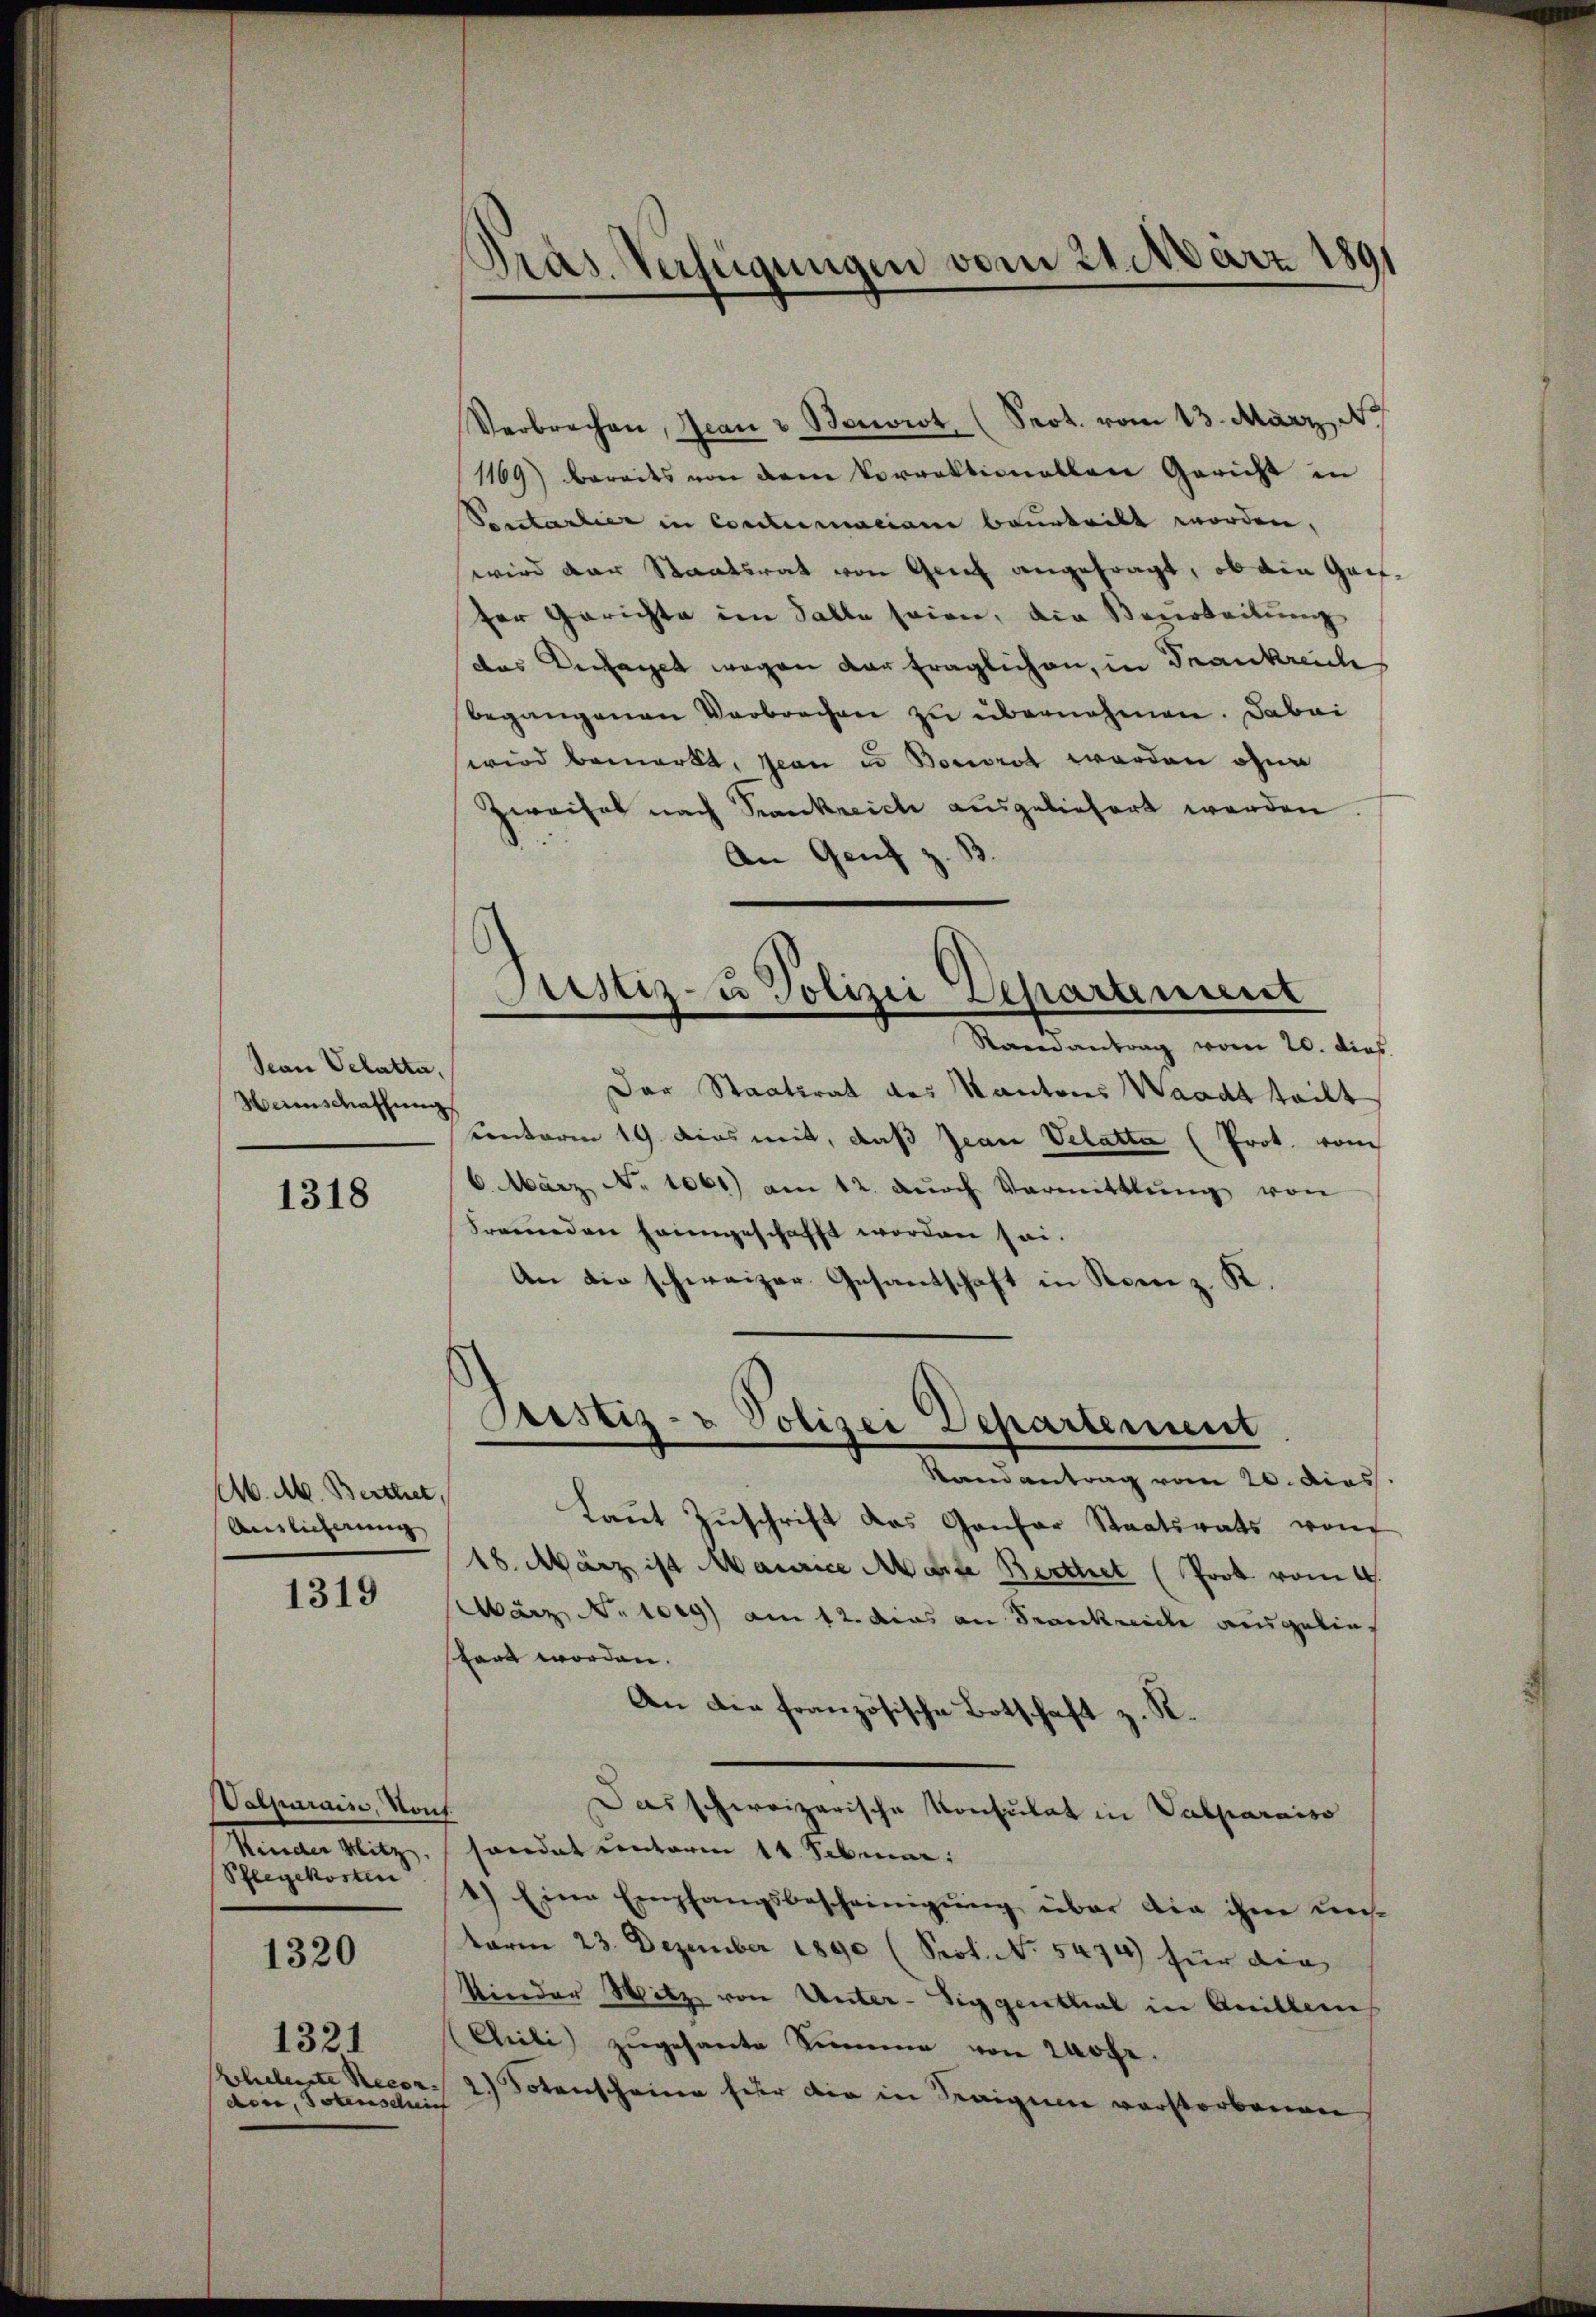
Seon Velatte,
Heimschassŭng

1318

M. M. Berthet
Auslieferung

1319

Valparais, Mont
Minde Mitz
Pflegekosten

1320

koheleiste Recon
dee, Totensche

1321

Verbrechen, Jean & Bonvict, (Prot. vom 13. März 1
1169) bereits von dem Vorrektionallen Gericht in
Petartier in Conclumaciam beurteilt worden,
wird der Staatsrat von Genf angefragt, ob ein Gaifser Gerichte im Falle seien, die Bearbeitung
das Versaget wegen der fraglichen, in Frankreiche
Begangenen Verbrechen zu übernehmen. Dabei
wird bemerkt, Jean u. Borrat worden ohne
Zweifel nach Trankreich ausgeliefert werden
An Genz¬
Ramantrag vom 20. dies
Der Staatsrat des Kantons Waadt teilt
Contoren 19 dies mit, daß Jean Velatta (Prot. vom
6. März, No 1061) am 12. dŭrch Vormittlung von
Freunden heimgeschafft worden sei.
An die schweizer Gesantschaft in Komiz. K
Justiz- & Polizei Departement
Randantrag vom 20. dies
Laut Zuschrift das Gansor Staatsrats von
18. März ist Maurice Marte Berthet (Prot vom 4.
März No 109) am 12. das an Frankreiche ausgeliestört worden.
An die französische Botschaft z. R.
s
Das schweizerische Konsulat in Valparaiso
sandet unterm 11. Sebruar:
1) Eine Empfangsbescheinigŭng über die ihre uns-
term 23. Dezember 1890 (Prof. No. 5474) hier die
kinder Witz von Unter-Siggenthal in Anillen
(Cili) zŭgesante Summe von Mohr.
2) Totenscheine hier die in Teigen verstorbenen
f

d
Pras. Verfügungen vom 21. März 1891

C
Justiz- u Polizei Departement